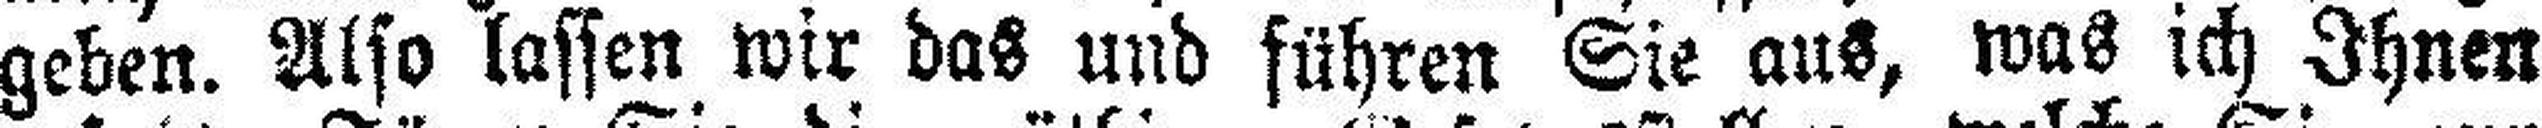
geben. Also lassen wir das und führen Sie aus, was ich Ihnen